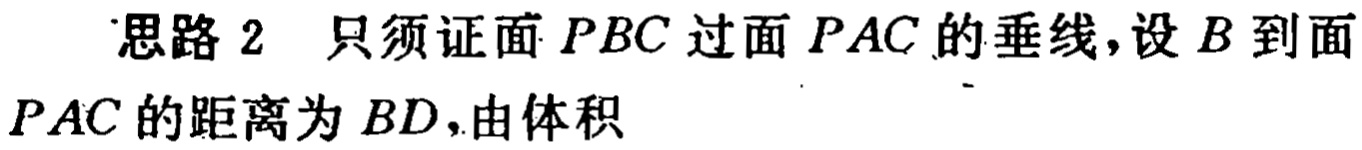
思路 2 只须证面 \(PBC\) 过面 \(PAC\) 的垂线，设 \(B\) 到面 \(PAC\) 的距离为 \(BD\)，由体积